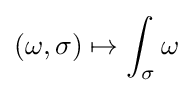
(\omega ,\sigma )\mapsto \int _{\sigma }\omega